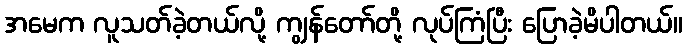
အမေက လူသတ်ခဲ့တယ်လို့ ကျွန်တော်တို့ လုပ်ကြံပြီး ပြောခဲ့မိပါတယ်။